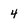
Character: 4